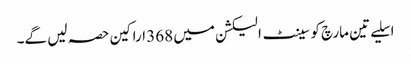
اسلیے تین مارچ کو سینٹ الیکشن میں 368 اراکین حصہ لیں گے۔